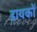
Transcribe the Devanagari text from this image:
डायकों